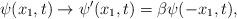
LaTeX: \begin{align*}{\psi}(x_1,t) \to {\psi}^{\prime}(x_1,t) = {\beta}{\psi}(-x_1,t),\end{align*}